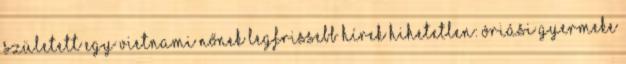
született egy vietnami nőnek Legfrissebb hírek Hihetetlen: óriási gyermeke